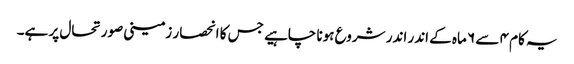
یہ کام ۴ سے ۶ ماہ کے اندر اندر شروع ہونا چاہیے جس کا انحصار زمینی صورتحال پر ہے۔